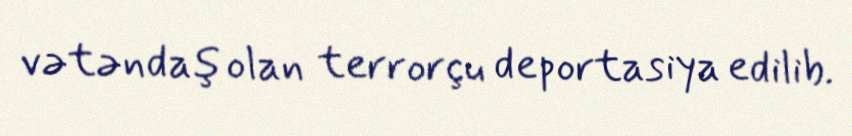
vətəndaş olan terrorçu deportasiya edilib.